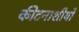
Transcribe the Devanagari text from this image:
कीटनाशीयों